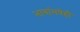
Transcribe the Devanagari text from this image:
भागांमधेही